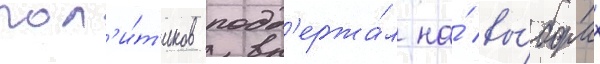
пол'и́т'иков подд'ержа́л на́ вы́борах